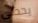
يحظى